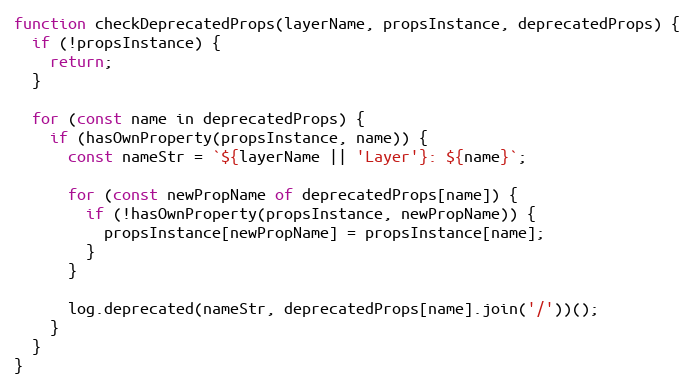
Language: JavaScript
function checkDeprecatedProps(layerName, propsInstance, deprecatedProps) {
  if (!propsInstance) {
    return;
  }

  for (const name in deprecatedProps) {
    if (hasOwnProperty(propsInstance, name)) {
      const nameStr = `${layerName || 'Layer'}: ${name}`;

      for (const newPropName of deprecatedProps[name]) {
        if (!hasOwnProperty(propsInstance, newPropName)) {
          propsInstance[newPropName] = propsInstance[name];
        }
      }

      log.deprecated(nameStr, deprecatedProps[name].join('/'))();
    }
  }
}